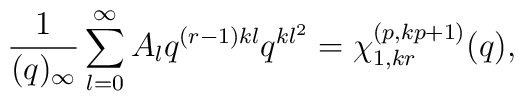
\frac{1}{(q)_{\infty}} \sum_{l=0}^{\infty }A_l q^{(r-1)kl} q^{kl^2 }= \chi^{(p,kp+1)}_{1,kr}(q),